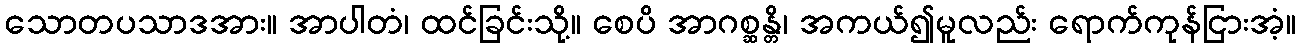
သောတပသာဒအား။ အာပါတံ၊ ထင်ခြင်းသို့။ စေပိ အာဂစ္ဆန္တိ၊ အကယ်၍မူလည်း ရောက်ကုန်ငြားအံ့။